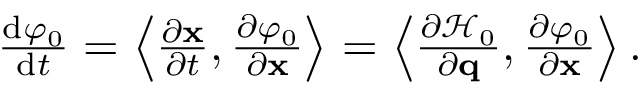
\begin{array} { r } { \frac { \mathrm { d } \varphi _ { 0 } } { \mathrm { d } t } = \left\langle \frac { \partial \mathbf { x } } { \partial t } , \frac { \partial \varphi _ { 0 } } { \partial \mathbf { x } } \right\rangle = \left\langle \frac { \partial \mathcal { H } _ { 0 } } { \partial \mathbf { q } } , \frac { \partial \varphi _ { 0 } } { \partial \mathbf { x } } \right\rangle . } \end{array}